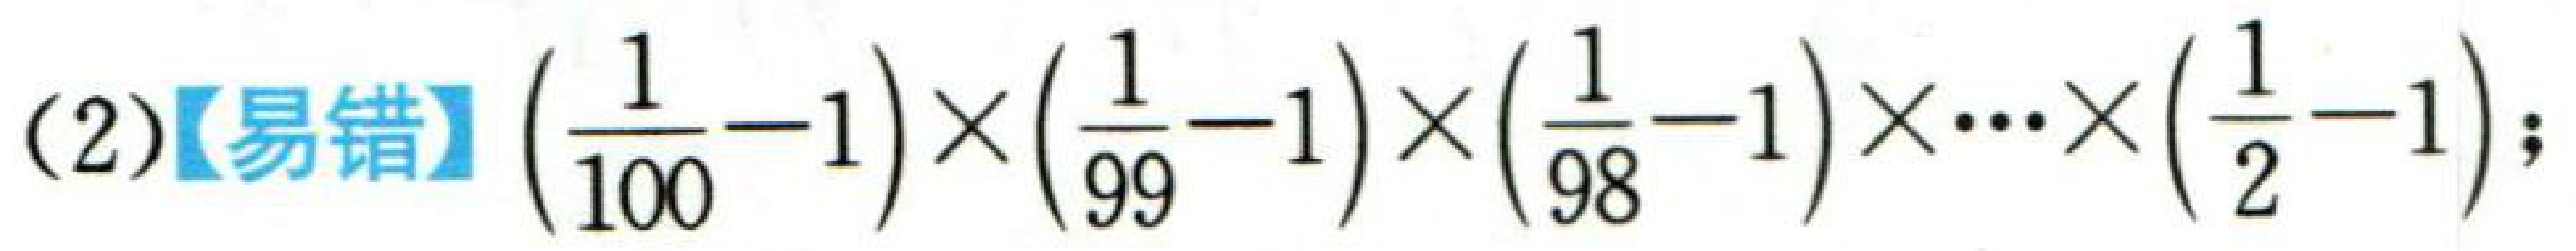
(2)【易错】\(\left(\dfrac{1}{100}-1\right)\times\left(\dfrac{1}{99}-1\right)\times\left(\dfrac{1}{98}-1\right)\times\cdots\times\left(\dfrac{1}{2}-1\right)\);